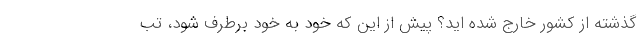
گذشته از کشور خارج شده اید؟ پیش از این که خود به خود برطرف شود، تب